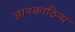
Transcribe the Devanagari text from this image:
ज्ञानकाठिन्य